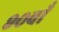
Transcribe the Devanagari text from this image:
९०वाँ